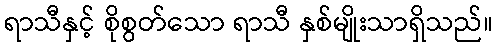
ရာသီနှင့် စိုစွတ်သော ရာသီ နှစ်မျိုးသာရှိသည်။